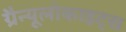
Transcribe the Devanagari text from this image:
ग्रैन्यूलोकाइट्स